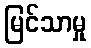
မြင်သာမှု